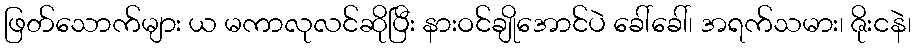
ဖြတ်သောက်များ ယ မကာလုလင်ဆိုပြီး နားဝင်ချိုအောင်ပဲ ခေါ်ခေါ်၊ အရက်သမား၊ ဇိုးငနဲ၊